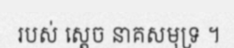
របស់ ស្តេច នាគសមុទ្រ ។